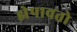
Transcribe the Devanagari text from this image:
झेपावतो